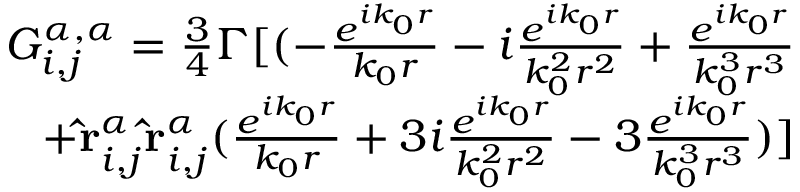
\begin{array} { r } { G _ { i , j } ^ { \alpha , \alpha } = \frac { 3 } { 4 } \Gamma [ ( - \frac { e ^ { i k _ { 0 } r } } { k _ { 0 } r } - i \frac { e ^ { i k _ { 0 } r } } { k _ { 0 } ^ { 2 } r ^ { 2 } } + \frac { e ^ { i k _ { 0 } r } } { k _ { 0 } ^ { 3 } r ^ { 3 } } } \\ { + \mathbf { \hat { r } } _ { i , j } ^ { \alpha } \mathbf { \hat { r } } _ { i , j } ^ { \alpha } ( \frac { e ^ { i k _ { 0 } r } } { k _ { 0 } r } + 3 i \frac { e ^ { i k _ { 0 } r } } { k _ { 0 } ^ { 2 } r ^ { 2 } } - 3 \frac { e ^ { i k _ { 0 } r } } { k _ { 0 } ^ { 3 } r ^ { 3 } } ) ] } \end{array}